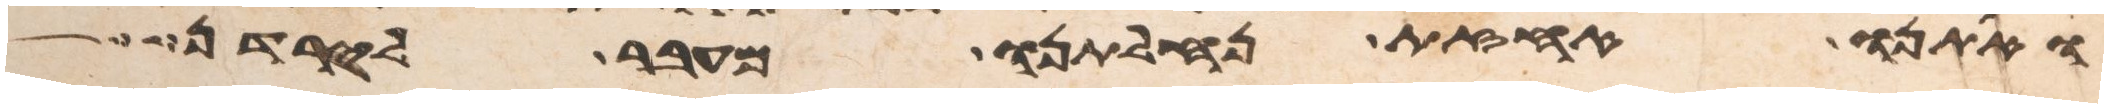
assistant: ואתנו אחזת נחלתנו מעבר לירדן